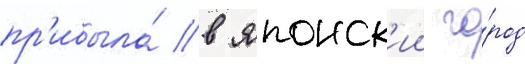
пр'ибыла́ в японск'ии го́род